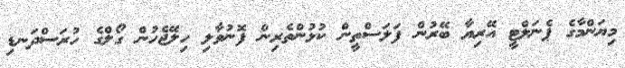
މިޔަންމާގެ ޕެނަލްޓީ އޭރިޔާ ބޭރުން ފަލަސްތީން ކުޅުންތެރިން ފޮނުވާލި ހިލޭޖެހުން ގޯލްގެ ހުރަސްދަނޑި